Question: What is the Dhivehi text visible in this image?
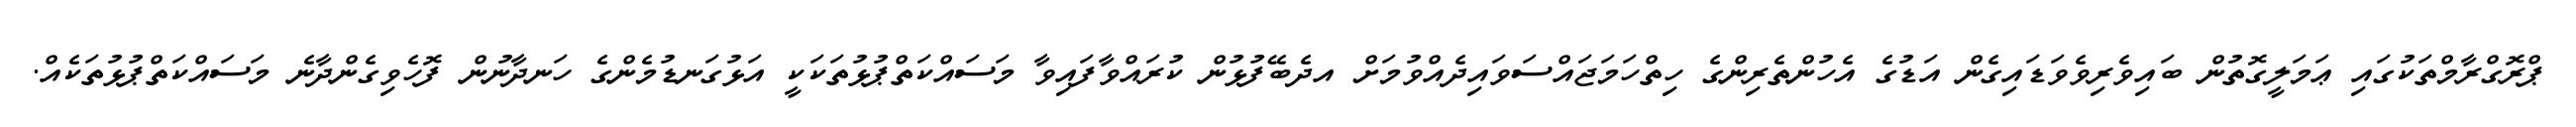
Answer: ޕްރޮގްރާމްތަކުގައި ޢަމަލީގޮތުން ބައިވެރިވެވަޑައިގެން އަޑުގެ އެހުންތެރިންގެ ހިތްހަމަޖައްސަވައިދެއްވުމަށް އދެބޭފުޅުން ކުރައްވާފައިވާ މަސައްކަތްޕުޅުތަކަކީ އަޅުގަނޑުމެންގެ ހަނދާނުން ފޮހެވިގެންދާނެ މަސައްކަތްޕުޅުތަކެއް.